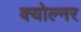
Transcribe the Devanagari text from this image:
क्योल्नर